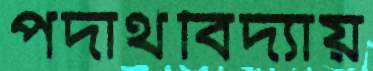
পদার্থবিদ্যায়